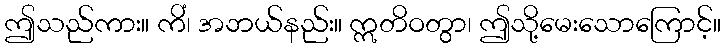
ဤသည်ကား။ ကိံ၊ အဘယ်နည်း။ ဣတိဝတွာ၊ ဤသို့မေးသောကြောင့်။